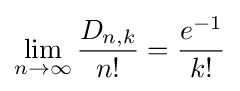
\lim _{n\to \infty }{D_{n,k} \over n!}={e^{-1} \over k!}